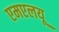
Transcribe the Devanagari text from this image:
एमएलयू